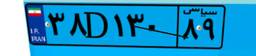
۸۱D۴۳۸۲۷